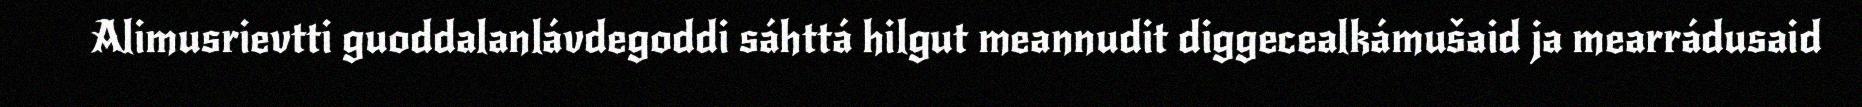
Alimusrievtti guoddalanlávdegoddi sáhttá hilgut meannudit diggecealkámušaid ja mearrádusaid